Annual report of the Punjab Veterinary College and of the Civil Veterinary Department, Punjab - 1926-1932
Year: 1926
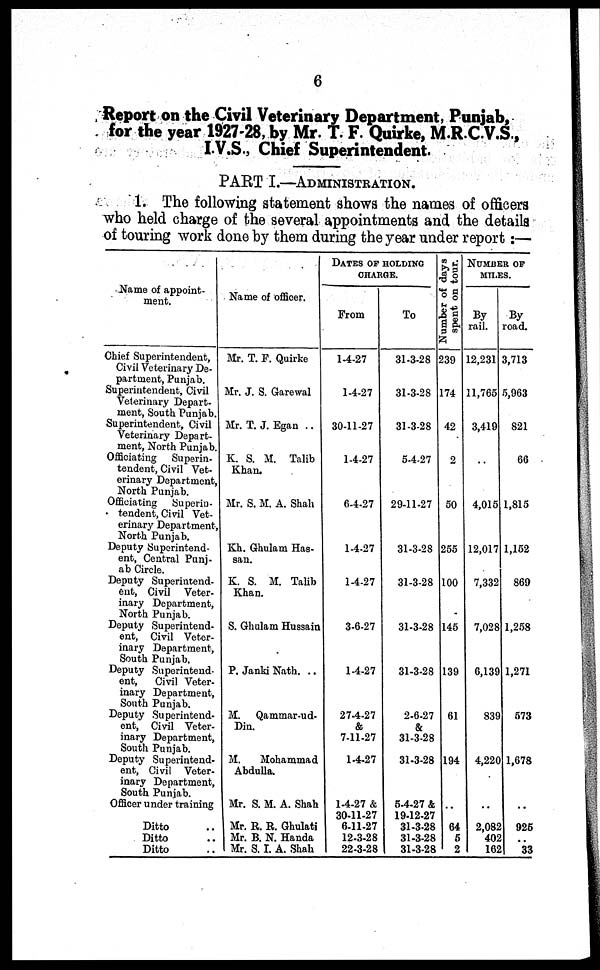
6
Report on the Civil Veterinary Department, Punjab,
for the year 1927-28, by Mr. T. F. Quirke, M.R.C.V.S.,
I.V.S., Chief Superintendent.
PART I.—ADMINISTRATION.
1. The following statement shows the names of officers
who held charge of the several appointments and the details
of touring work done by them during the year under report:—
Name of appoint-
ment.
Chief Superintendent,
Civil Veterinary De-
partment, Punjab.
Superintendent, Civil
Veterinary Depart-
ment, South Punjab.
Superintendent, Civil
Veterinary Depart-
ment, North Punjab.
Officiating
Superin-
tendent, Civil Vet-
erinary Department,
North Punjab.
Officiating
Superin-
tendent, Civil Vet-
erinary Department,
North Punjab.
Deputy Superintend-
ent, Central Punj-
ab Circle.
Deputy Superintend-
ent, Civil Veter-
inary Department,
North Punjab.
Deputy Superintend-
ent, Civil Veter-
inary Department,
South Punjab.
Deputy Superintend-
ent,
Civil Veter-
inary Department,
South Punjab.
Deputy Superintend-
ent, Civil Veter-
inary Department,
South Punjab.
Deputy Superintend-
ent, Civil Veter-
inary Department,
South Punjab.
Officer under training
Ditto ..
Ditto ..
Ditto ..
Name of officer.
Mr. T. F. Quirke
Mr. J. S. Garewal
Mr. T. J. Egan ..
K. S. M. Talib
Khan.
Mr. S. M. A. Shah
Kh. Ghulam Has-
san.
K. S. M. Talib
Khan.
S. Ghulam Hussain
P. Janki Nath. ..
M.
Qammar-ud-
Din.
M.
Mohammad
Abdulla.
Mr. S. M. A. Shah
Mr. R. R. Ghulati
Mr. B. N. Handa
Mr. S. I. A. Shah
DATES OF HOLDING
CHARGE.
From
1-4-27
1-4-27
30-11-27
1-4-27
6-4-27
1-4-27
1-4-27
3-6-27
1-4-27
27-4-27
&
7-11-27
1-4-27
1-4-27 &
30-11-27
6-11-27
12-3-28
22-3-28
To
31-3-28
31-3-28
31-3-28
5-4-27
29-11-27
31-3-28
31-3-28
31-3-28
31-3-28
2-6-27
&
31-3-28
31-3-28
5-4-27 &
19-12-27
31-3-28
31-3-28
31-3-28
Number of days
spent on tour.
239
174
42
2
50
255
100
145
139
61
194
..
64
5
2
NUMBER OF
MILES.
By
rail.
12,231
11,765
3,419
..
4,015
12,017
7,332
7,028
6,139
839
4,220
..
2,085
402
162
By
road.
3,713
5,963
821
66
1,815
1,152
869
1,258
1,271
573
1,678
..
925
..
33